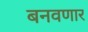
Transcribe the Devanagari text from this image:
बनवणार